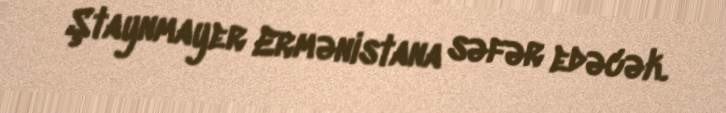
Ştaynmayer Ermənistana səfər edəcək.